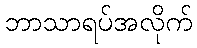
ဘာသာရပ်အလိုက်